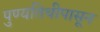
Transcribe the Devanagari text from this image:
पुण्यतिथीपासून